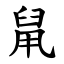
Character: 䑕